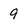
Character: 9